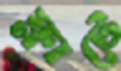
ফ্লাটে